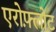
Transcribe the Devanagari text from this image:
एरोफ़्लोट